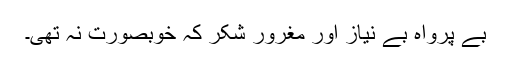
بے پرواہ بے نیاز اور مغرور شکر کہ خوبصورت نہ تھی۔